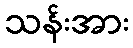
သန်းအား